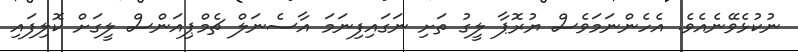
ނުކުޅެވޭނެއެވެ. އެހެންނަމަވެސް ޔުރޮޕާ ލީގު ތަށި ނަގައިފިނަމަ އާސެނަލް ޗެމްޕިއަންސް ލީގަށް ކޮލިފައި